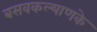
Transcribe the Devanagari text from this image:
बसवकल्याणके